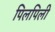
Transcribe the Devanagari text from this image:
पिलपिली